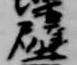
壁